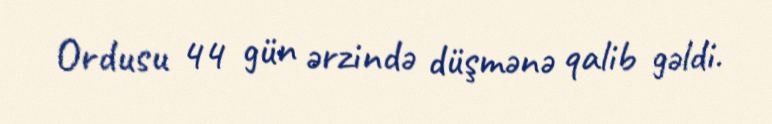
Ordusu 44 gün ərzində düşmənə qalib gəldi.